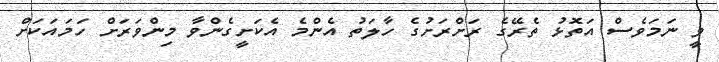
ވީ ނަމަވެސް އަތޮޅު ތެރޭގެ ރަށްރަށުގެ ހާލަތު އެންމެ އެކަށީގެންވާ މިންވަރަށް ހަމައަކަށް